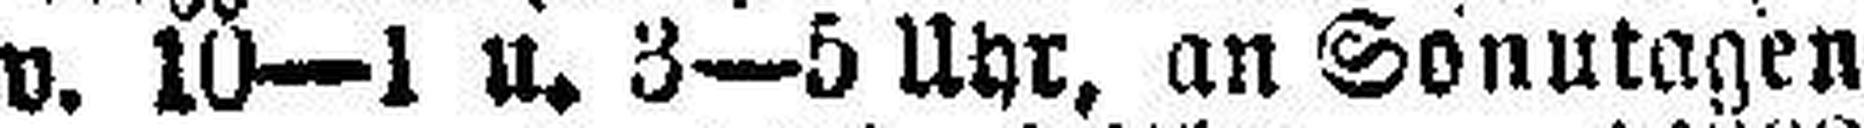
v. 10—1 u. 3—5 Uhr, an Sonntagen